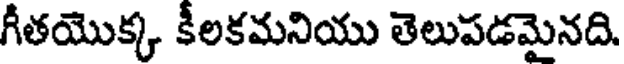
గీతయొక్క కీలకమనియు తెలుపడమైనది.